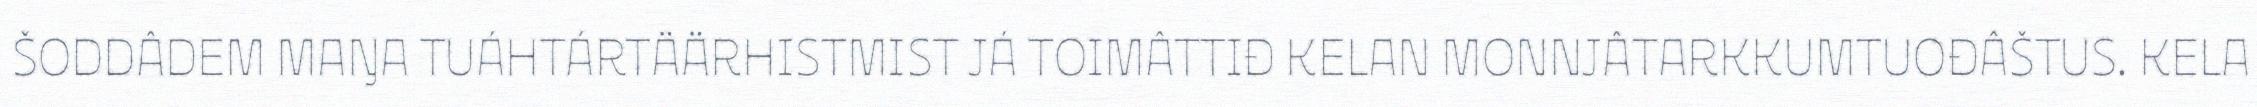
ŠODDÂDEM MAŊA TUÁHTÁRTÄÄRHISTMIST JÁ TOIMÂTTIĐ KELAN MONNJÂTARKKUMTUOĐÂŠTUS. KELA